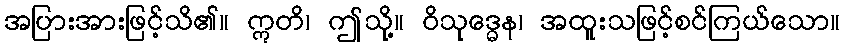
အပြားအားဖြင့်သိ၏။ ဣတိ၊ ဤသို့။ ဝိသုဒ္ဓေန၊ အထူးသဖြင့်စင်ကြယ်သော။